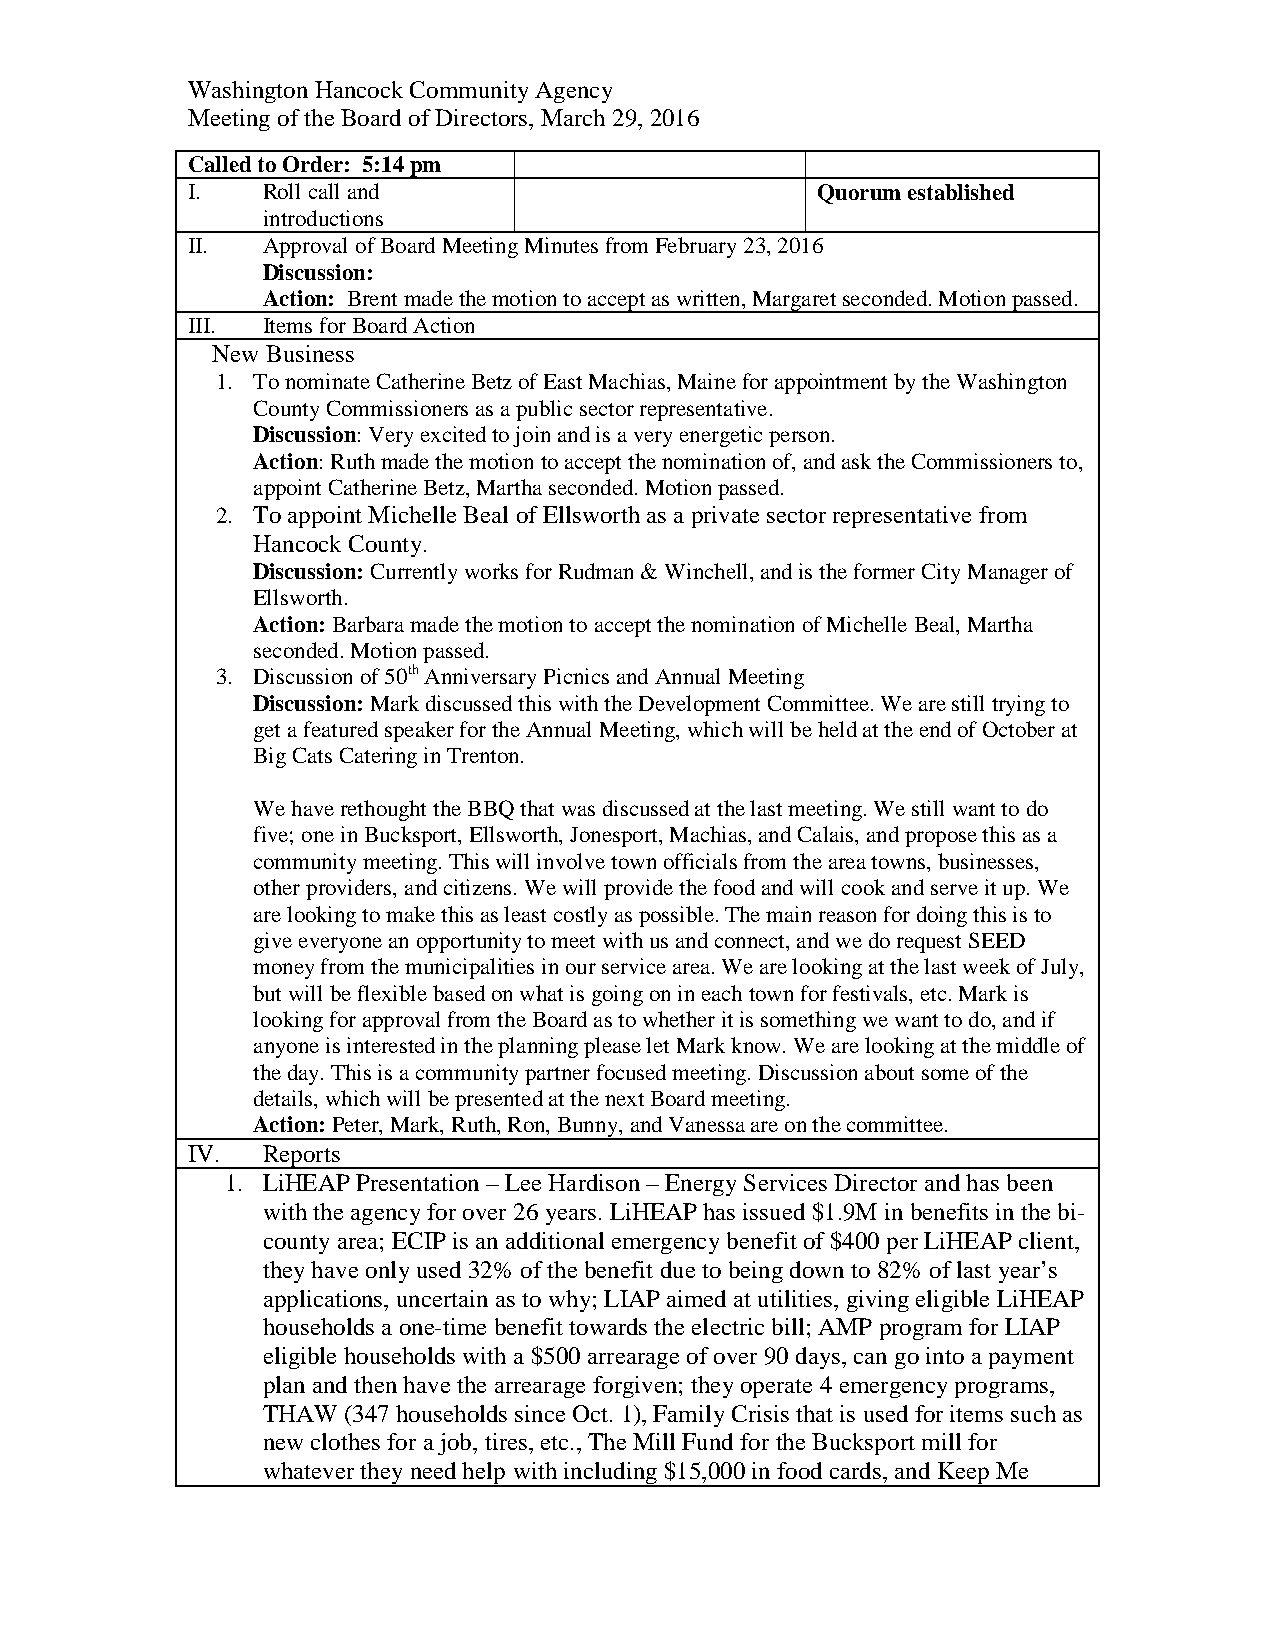
Washington Hancock Community Agency
 Meeting of the Board of Directors, March 29, 2016
 Called to Order: 5:14 pm
 I.   Roll call and                        Quorum established
 introductions
 II.  Approval of Board Meeting Minutes from February 23, 2016
 Discussion:
 Action: Brent made the motion to accept as written, Margaret seconded. Motion passed.
 III. Items for Board Action
 New Business
 1. To nominate Catherine Betz of East Machias, Maine for appointment by the Washington
 County Commissioners as a public sector representative.
 Discussion: Very excited to join and is a very energetic person.
 Action: Ruth made the motion to accept the nomination of, and ask the Commissioners to,
 appoint Catherine Betz, Martha seconded. Motion passed.
 2. To appoint Michelle Beal of Ellsworth as a private sector representative from
 Hancock County.
 Discussion: Currently works for Rudman & Winchell, and is the former City Manager of
 Ellsworth.
 Action: Barbara made the motion to accept the nomination of Michelle Beal, Martha
 seconded. Motion passed.
 3. Discussion of 50th Anniversary Picnics and Annual Meeting
 Discussion: Mark discussed this with the Development Committee. We are still trying to
 get a featured speaker for the Annual Meeting, which will be held at the end of October at
 Big Cats Catering in Trenton.
 We have rethought the BBQ that was discussed at the last meeting. We still want to do
 five; one in Bucksport, Ellsworth, Jonesport, Machias, and Calais, and propose this as a
 community meeting. This will involve town officials from the area towns, businesses,
 other providers, and citizens. We will provide the food and will cook and serve it up. We
 are looking to make this as least costly as possible. The main reason for doing this is to
 give everyone an opportunity to meet with us and connect, and we do request SEED
 money from the municipalities in our service area. We are looking at the last week of July,
 but will be flexible based on what is going on in each town for festivals, etc. Mark is
 looking for approval from the Board as to whether it is something we want to do, and if
 anyone is interested in the planning please let Mark know. We are looking at the middle of
 the day. This is a community partner focused meeting. Discussion about some of the
 details, which will be presented at the next Board meeting.
 Action: Peter, Mark, Ruth, Ron, Bunny, and Vanessa are on the committee.
 IV.  Reports
 1. LiHEAP Presentation – Lee Hardison – Energy Services Director and has been
 with the agency for over 26 years. LiHEAP has issued $1.9M in benefits in the bi-
 county area; ECIP is an additional emergency benefit of $400 per LiHEAP client,
 they have only used 32% of the benefit due to being down to 82% of last year’s
 applications, uncertain as to why; LIAP aimed at utilities, giving eligible LiHEAP
 households a one-time benefit towards the electric bill; AMP program for LIAP
 eligible households with a $500 arrearage of over 90 days, can go into a payment
 plan and then have the arrearage forgiven; they operate 4 emergency programs,
 THAW  (347 households since Oct. 1), Family Crisis that is used for items such as
 new clothes for a job, tires, etc., The Mill Fund for the Bucksport mill for
 whatever they need help with including $15,000 in food cards, and Keep Me